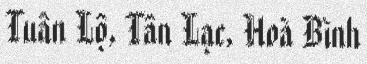
Tuân Lộ, Tân Lạc, Hoà Bình